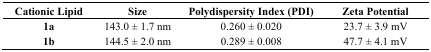
<table><thead><tr><td><b>Cationic Lipid</b></td><td><b>Size</b></td><td><b>Polydispersity Index (PDI)</b></td><td><b>Zeta Potential</b></td></tr></thead><tbody><tr><td><b>1a</b></td><td>143.0 ± 1.7 nm</td><td>0.260 ± 0.020</td><td>23.7 ± 3.9 mV</td></tr><tr><td><b>1b</b></td><td>144.5 ± 2.0 nm</td><td>0.289 ± 0.008</td><td>47.7 ± 4.1 mV</td></tr></tbody></table>